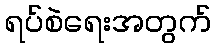
ရပ်စဲရေးအတွက်